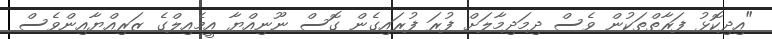
"އިދިކޮޅު ފަރާތްތަކުން ވެސް ދިމަދިމާލަށް ފުރަ ފުރައިގެން ގޮސް ނޫނިއްޔާ އީމެއިލްގެ ޒަރިއްޔާއިންވެސް